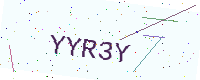
Text: YYR3Y